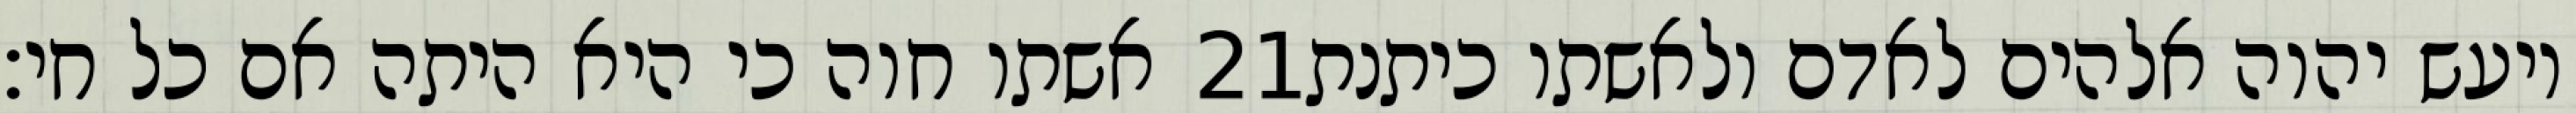
אשתו חוה כי היא היתה אם כל חי׃ ‎21‏ ויעש יהוה אלהים לאדם ולאשתו כיתנת